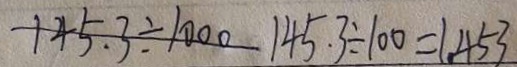
1 4 5 . 3 \div 1 0 0 0 1 4 5 . 3 \div 1 0 0 = 1 . 4 5 3